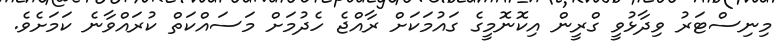
މިނިސްޓަރު ވިދާޅުވީ ގްރީން އިކޮނޮމީގެ ގައުމަކަށް ރާއްޖެ ހެދުމަށް މަސައްކަތް ކުރައްވާނެ ކަމަށެވެ.